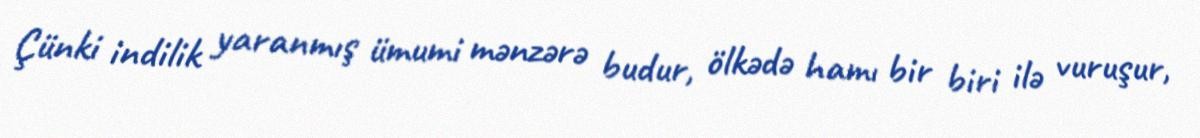
Çünki indilik yaranmış ümumi mənzərə budur, ölkədə hamı bir biri ilə vuruşur,